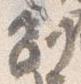
副